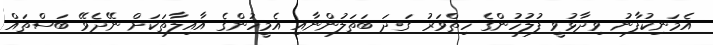
އެމަނިކުފާނު ވިދާޅުވީ ފުލުހުންގެ ހިތްވަރު ގަދަ ބަތަލުންނާއި އެމީހުންގެ އާއިލާތަކަށް ނޭދެވޭ ބަސްތައް